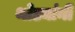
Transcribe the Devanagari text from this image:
थोड्यांनी